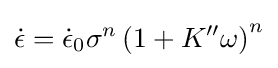
{\dot {\epsilon }}={\dot {\epsilon }}_{0}\sigma ^{n}\left(1+K^{\prime \prime }\omega \right)^{n}